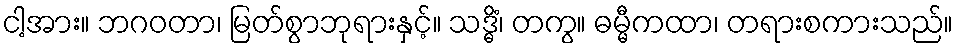
ငါ့အား။ ဘဂဝတာ၊ မြတ်စွာဘုရားနှင့်။ သဒ္ဓိံ၊ တကွ။ ဓမ္မီကထာ၊ တရားစကားသည်။